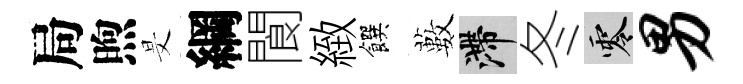
局煦旻綱閬緻饌藪滯冬零男